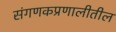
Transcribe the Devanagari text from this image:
संगणकप्रणालीतील